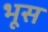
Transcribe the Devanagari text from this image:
भूस